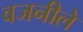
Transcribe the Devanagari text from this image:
वजनीले